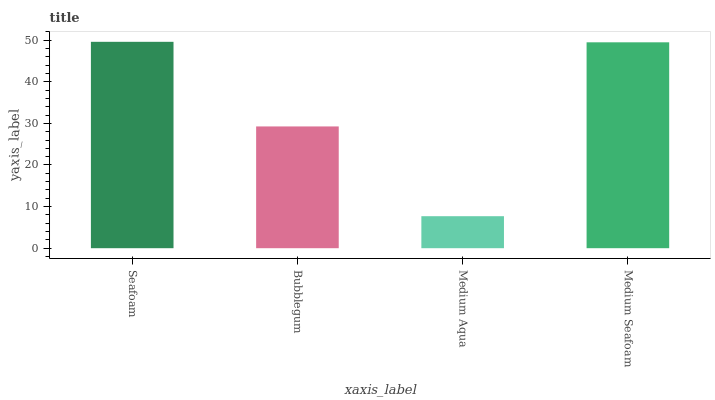
| xaxis_label | bars |
 | --- | --- |
 | Seafoam | 49.6 |
 | Bubblegum | 29.3 |
 | Medium Aqua | 7.69 |
 | Medium Seafoam | 49.5 |